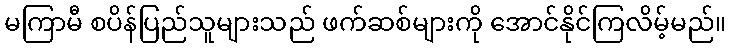
မကြာမီ စပိန်ပြည်သူများသည် ဖက်ဆစ်များကို အောင်နိုင်ကြလိမ့်မည်။